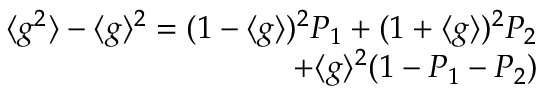
\begin{array} { r } { { \langle g ^ { 2 } \rangle - \langle g \rangle ^ { 2 } = ( 1 - \langle g \rangle ) ^ { 2 } P _ { 1 } + ( 1 + \langle g \rangle ) ^ { 2 } P _ { 2 } } } \\ { { + \langle g \rangle ^ { 2 } ( 1 - P _ { 1 } - P _ { 2 } ) } } \end{array}